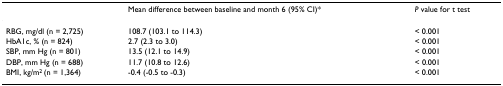
<table><thead><tr><td></td><td><b>Mean difference between baseline and month 6 (95% CI)*</b></td><td><b><i>P </i>value for t test</b></td></tr></thead><tbody><tr><td>RBG, mg/dl (n = 2,725)</td><td>108.7 (103.1 to 114.3)</td><td>&lt; 0.001</td></tr><tr><td>HbA1c, % (n = 824)</td><td>2.7 (2.3 to 3.0)</td><td>&lt; 0.001</td></tr><tr><td>SBP, mm Hg (n = 801)</td><td>13.5 (12.1 to 14.9)</td><td>&lt; 0.001</td></tr><tr><td>DBP, mm Hg (n = 688)</td><td>11.7 (10.8 to 12.6)</td><td>&lt; 0.001</td></tr><tr><td>BMI, kg/m<sup>2 </sup>(n = 1,364)</td><td>-0.4 (-0.5 to -0.3)</td><td>&lt; 0.001</td></tr></tbody></table>